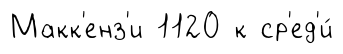
Макк'енз'и 1120 к ср'ед'и́